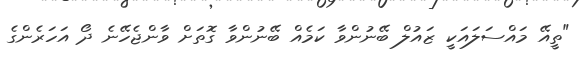
"ތީއޭ މައްސަލައަކީ ޒައުލް ބޭނުންވާ ކަމެއް ބޭނުންވާ ގޮތަށް ވާންޖެހޭނެ ދޯ އަހަރެންގެ